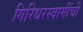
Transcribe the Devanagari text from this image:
गिरिधरस्वामींची